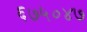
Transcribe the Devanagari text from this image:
६७५०४७